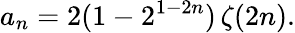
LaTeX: a_{n}=2(1-2^{1-2n})\, \zeta(2n).